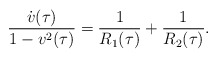
\begin{align*}\frac{\dot{v}(\tau)}{1 - v^{2}(\tau)} = \frac{1}{R_{1}(\tau)} + \frac{1}{R_{2}(\tau)}.\end{align*}